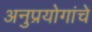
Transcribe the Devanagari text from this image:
अनुप्रयोगांचे